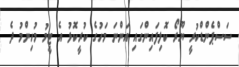
ސަސްޕެންޑްކުރީ ޔޫރޯ ކޮލިފައިންގައި އަންނަ މަހުގެ ކުރީކޮޅު އެ ޓީމު މުހިންމު ދެ